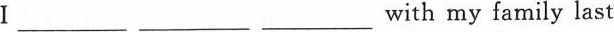
I___ with my family last